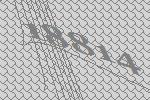
18814